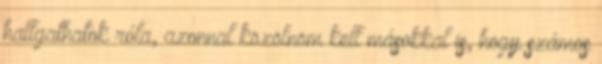
hallgathatok róla, azonnal közölnöm kell másokkal is, hogy számos